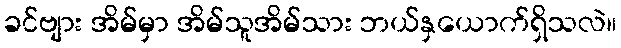
ခင်ဗျား အိမ်မှာ အိမ်သူအိမ်သား ဘယ်နှယောက်ရှိသလဲ။